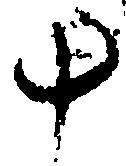
斗